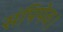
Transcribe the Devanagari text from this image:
संपिपेव।